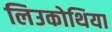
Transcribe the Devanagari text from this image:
लिउकोथिया